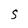
Character: S